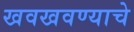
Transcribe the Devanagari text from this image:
खवखवण्याचे